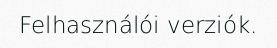
Felhasználói verziók.